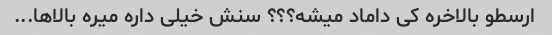
ارسطو بالاخره کی داماد میشه؟؟؟ سنش خیلی داره میره بالا‌ها...